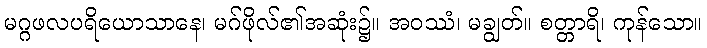
မဂ္ဂဖလပရိယောသာနေ၊ မဂ်ဖိုလ်၏အဆုံး၌။ အဝဿံ၊ မချွတ်။ စတ္တာရိ၊ ကုန်သော။